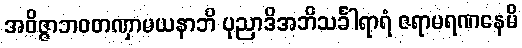
အဝိဇ္ဇာဘဝတဏှာမယနာဘိ ပုညာဒိအဘိသင်္ခါရာရံ ဇရာမရဏနေမိ